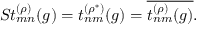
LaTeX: S t _ { m n } ^ { ( \rho ) } ( g ) = t _ { n m } ^ { ( \rho ^ { \ast } ) } ( g ) = \overline { { { t _ { n m } ^ { ( \rho ) } ( g ) } } } .